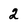
Character: 2